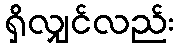
ရှိလျှင်လည်း